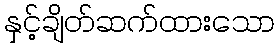
နှင့်ချိတ်ဆက်ထားသော